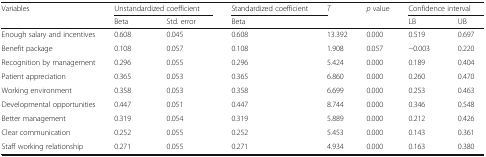
<table><thead><tr><td rowspan="2"><b>Variables</b></td><td colspan="2"><b>Unstandardized coefficient</b></td><td><b>Standardized coefficient</b></td><td rowspan="2"><b><i>T</i></b></td><td rowspan="2"><b><i>p</i> value</b></td><td colspan="2"><b>Confidence interval</b></td></tr><tr><td><b>Beta</b></td><td><b>Std. error</b></td><td><b>Beta</b></td><td><b>LB</b></td><td><b>UB</b></td></tr></thead><tbody><tr><td>Enough salary and incentives</td><td>0.608</td><td>0.045</td><td>0.608</td><td>13.392</td><td>0.000</td><td>0.519</td><td>0.697</td></tr><tr><td>Benefit package</td><td>0.108</td><td>0.057</td><td>0.108</td><td>1.908</td><td>0.057</td><td>−0.003</td><td>0.220</td></tr><tr><td>Recognition by management</td><td>0.296</td><td>0.055</td><td>0.296</td><td>5.424</td><td>0.000</td><td>0.189</td><td>0.404</td></tr><tr><td>Patient appreciation</td><td>0.365</td><td>0.053</td><td>0.365</td><td>6.860</td><td>0.000</td><td>0.260</td><td>0.470</td></tr><tr><td>Working environment</td><td>0.358</td><td>0.053</td><td>0.358</td><td>6.699</td><td>0.000</td><td>0.253</td><td>0.463</td></tr><tr><td>Developmental opportunities</td><td>0.447</td><td>0.051</td><td>0.447</td><td>8.744</td><td>0.000</td><td>0.346</td><td>0.548</td></tr><tr><td>Better management</td><td>0.319</td><td>0.054</td><td>0.319</td><td>5.889</td><td>0.000</td><td>0.212</td><td>0.426</td></tr><tr><td>Clear communication</td><td>0.252</td><td>0.055</td><td>0.252</td><td>5.453</td><td>0.000</td><td>0.143</td><td>0.361</td></tr><tr><td>Staff working relationship</td><td>0.271</td><td>0.055</td><td>0.271</td><td>4.934</td><td>0.000</td><td>0.163</td><td>0.380</td></tr></tbody></table>